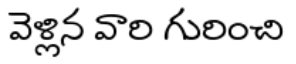
వెళ్లిన వారి గురించి